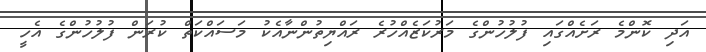
އަދި ކޮންމެ ރަށެއްގައި ފުލުހުންގެ މަރުކަޒެއްހުރެ ރައްޔިތުންނާއެކު މަސައްކަތް ކުރަން ފުލުހުންގެ އެހީ